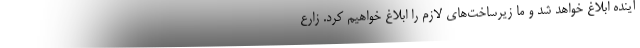
آینده ابلاغ خواهد شد و ما زیرساخت‌های لازم را ابلاغ خواهیم کرد. زارع